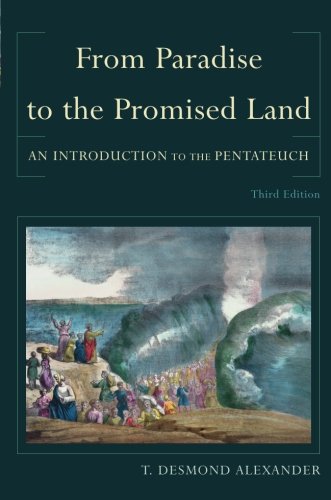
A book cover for From Paradise to the Promised Land: An Introduction to the Pentateuch; T. Desmond Alexander; Christian Books & Bibles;